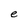
Character: e